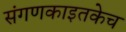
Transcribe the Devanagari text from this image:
संगणकाइतकेच